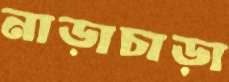
নাড়াচাড়া